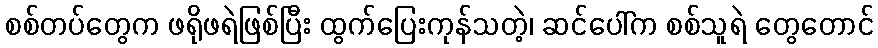
စစ်တပ်တွေက ဖရိုဖရဲဖြစ်ပြီး ထွက်ပြေးကုန်သတဲ့၊ ဆင်ပေါ်က စစ်သူရဲ တွေတောင်